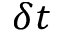
\delta t